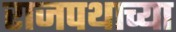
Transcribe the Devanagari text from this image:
राजपथाच्या